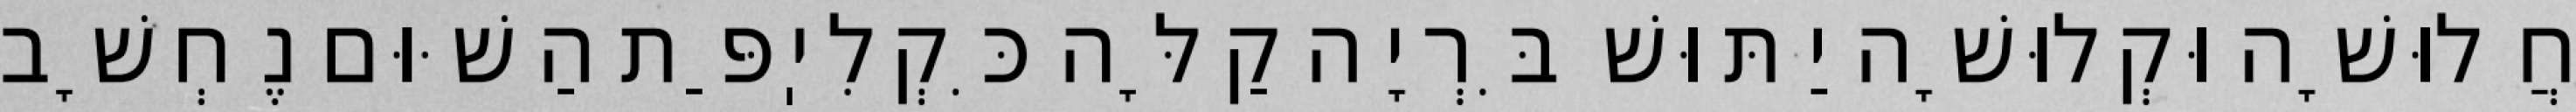
חֲלוּשָׁה וּקְלוּשָׁה יַתּוּשׁ בִּרְיָה קַלָּה כִּקְלִיֽפַּת הַשּׁוּם נֶחְשָׁב